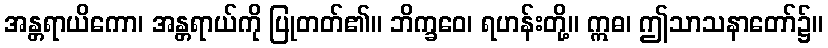
အန္တရာယိကော၊ အန္တရာယ်ကို ပြုတတ်၏။ ဘိက္ခဝေ၊ ရဟန်းတို့။ ဣဓ၊ ဤသာသနာတော်၌။